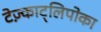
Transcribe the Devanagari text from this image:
टेज़्काट्लिपोका